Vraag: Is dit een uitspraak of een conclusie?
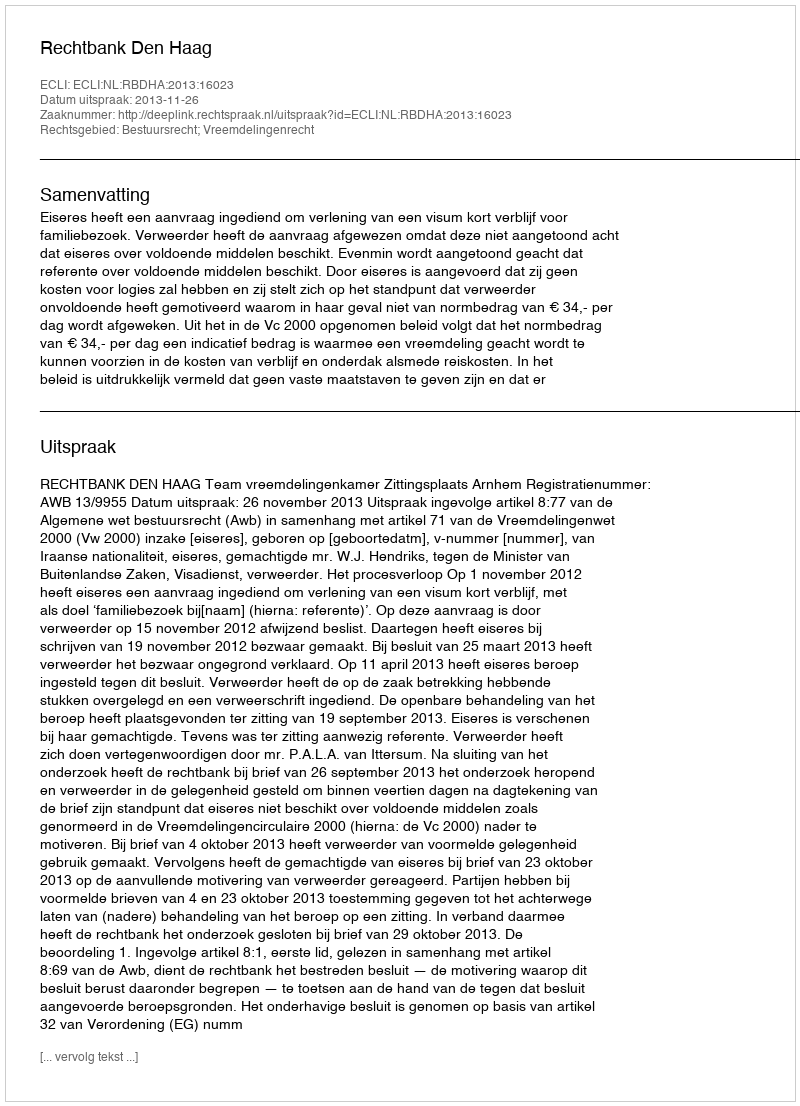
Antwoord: Uitspraak